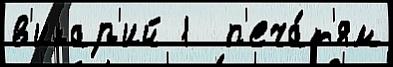
в'икар'ий 1  п'еча́т'ям